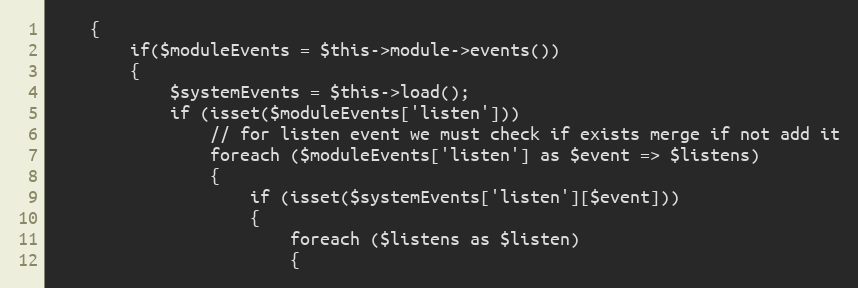
Language: PHP
    {
        if($moduleEvents = $this->module->events())
        {
            $systemEvents = $this->load();
            if (isset($moduleEvents['listen']))
                // for listen event we must check if exists merge if not add it
                foreach ($moduleEvents['listen'] as $event => $listens)
                {
                    if (isset($systemEvents['listen'][$event]))
                    {
                        foreach ($listens as $listen)
                        {